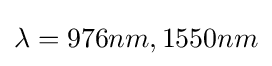
\lambda =976nm,1550nm